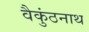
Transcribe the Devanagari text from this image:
वैकुंठनाथ